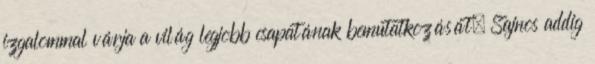
izgalommal várja a világ legjobb csapatának bemutatkozását. Sajnos addig